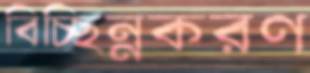
বিচ্ছিন্নকরণ